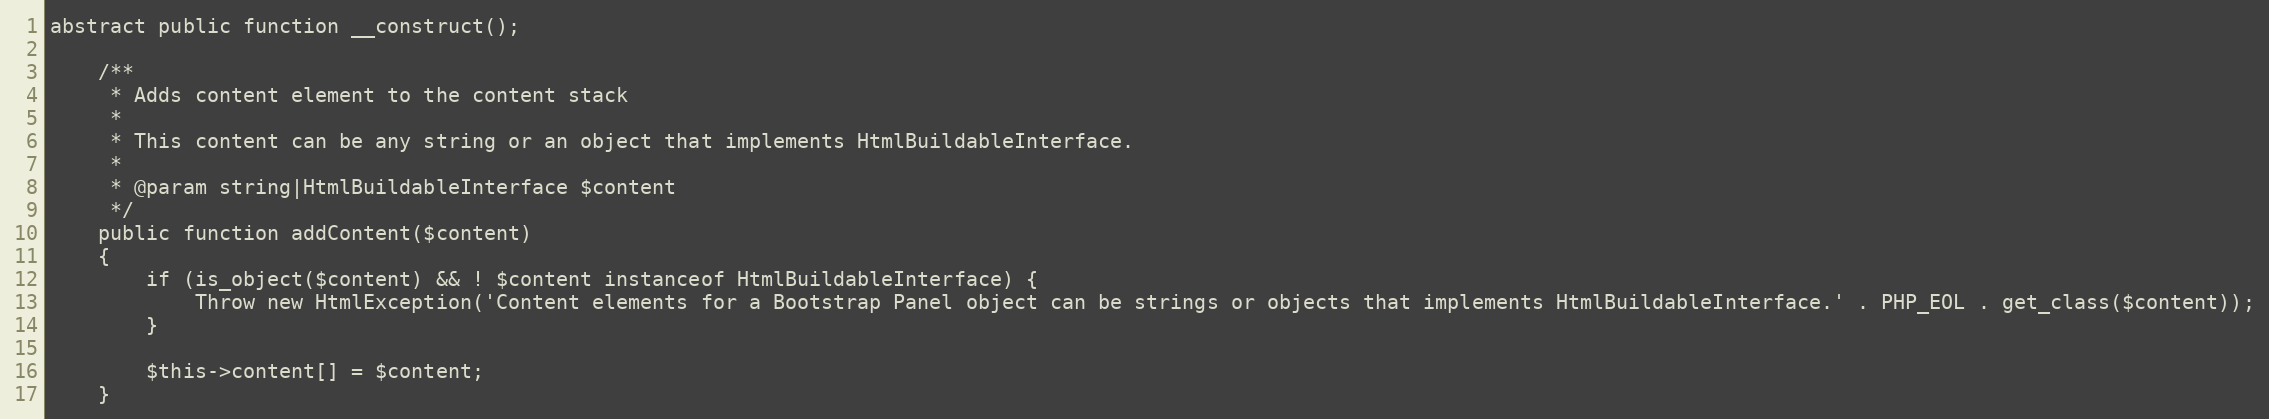
Language: PHP
abstract public function __construct();

    /**
     * Adds content element to the content stack
     *
     * This content can be any string or an object that implements HtmlBuildableInterface.
     *
     * @param string|HtmlBuildableInterface $content
     */
    public function addContent($content)
    {
        if (is_object($content) && ! $content instanceof HtmlBuildableInterface) {
            Throw new HtmlException('Content elements for a Bootstrap Panel object can be strings or objects that implements HtmlBuildableInterface.' . PHP_EOL . get_class($content));
        }

        $this->content[] = $content;
    }